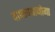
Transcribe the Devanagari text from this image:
वापरण्याजोगा